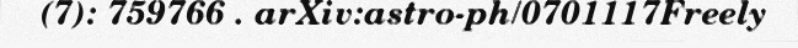
(7): 759766 . arXiv:astro-ph/0701117Freely